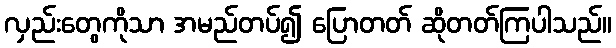
လှည်းတွေကိုသာ အမည်တပ်၍ ပြောတတ် ဆိုတတ်ကြပါသည်။